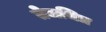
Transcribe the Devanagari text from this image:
तेजचित्र